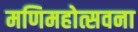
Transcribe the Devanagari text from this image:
मणिमहोत्सवना